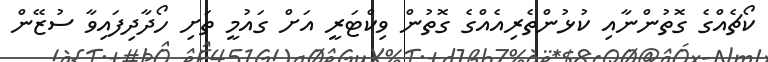
ކޯޗެއްގެ ގޮތުންނާއި ކުޅުންތެރިއެއްގެ ގޮތުން ވިކްޓަރީ އަށް ގައުމީ ތަށި ހޯދާދިފައިވާ ސުޒޭން